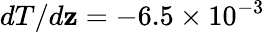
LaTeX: dT/d\mathbf{z}=-6.5\times10^{-3}